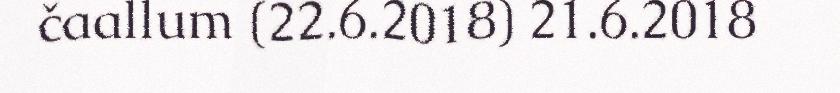
čaallum (22.6.2018) 21.6.2018